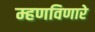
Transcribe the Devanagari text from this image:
म्हणविणारे